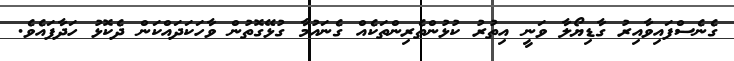
ގެނެސްފައިވާއިރު ގާޑިޔޯލާ ވަނީ އިތުރު ކުޅުންތެރިންތަކެއް ގެނައުމާ ގުޅޭގޮތުން ވާހަކަދައްކަން ދެކޮޅު ހަދާފައެވެ.